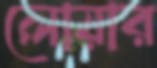
লোয়ার